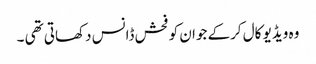
وہ ویڈیو کال کرکے جوان کو فحش ڈانس دکھاتی تھی ۔